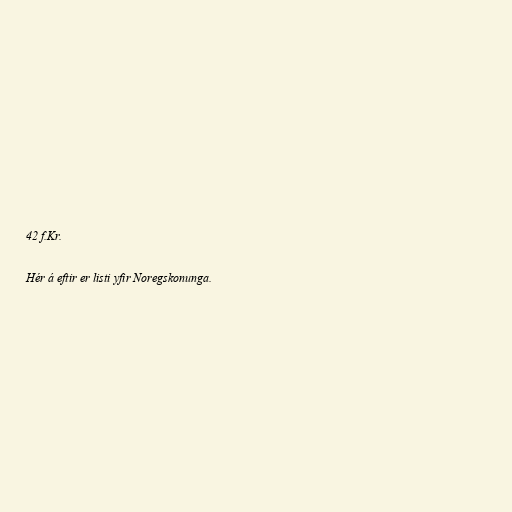
42 f.Kr.

Hér á eftir er listi yfir Noregskonunga.